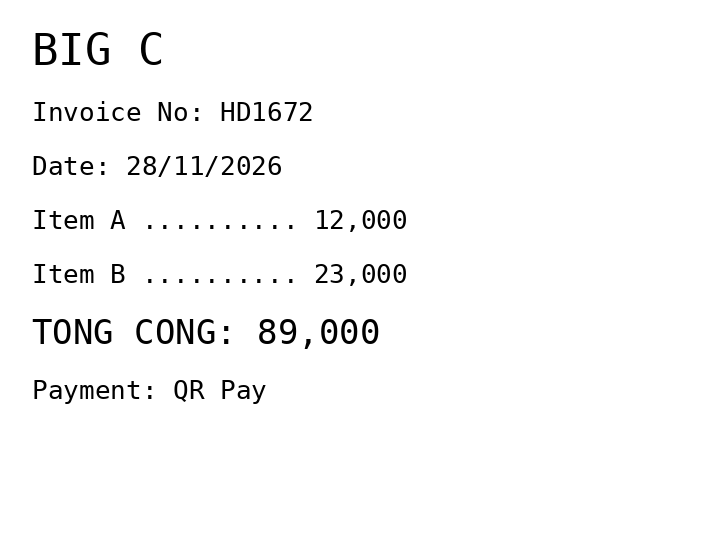
BIG C
Invoice No: HD1672
Date: 28/11/2026
Item A .......... 12,000
Item B .......... 23,000
TONG CONG: 89,000
Payment: QR Pay
Merchant: big c
Date: 2026-11-28
Total: 89000
Invoice No: HD1672
Payment method: QR